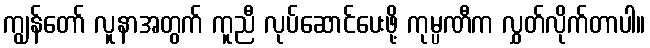
ကျွန်တော် လူနာအတွက် ကူညီ လုပ်ဆောင်ပေးဖို့ ကုမ္ပဏီက လွှတ်လိုက်တာပါ။